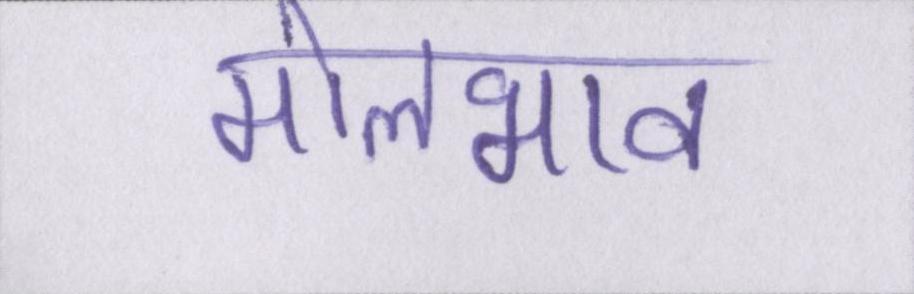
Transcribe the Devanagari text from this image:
मोलभाव